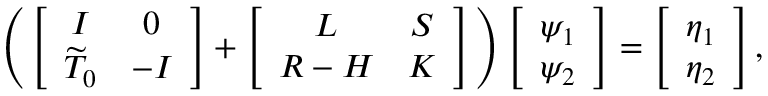
\begin{array} { r } { \Bigg ( \left[ \begin{array} { c c } { I } & { 0 } \\ { \widetilde { T } _ { 0 } } & { - I } \end{array} \right] + \left[ \begin{array} { c c } { L } & { S } \\ { R - H } & { K } \end{array} \right] \Bigg ) \left[ \begin{array} { c } { \psi _ { 1 } } \\ { \psi _ { 2 } } \end{array} \right] = \left[ \begin{array} { c } { \eta _ { 1 } } \\ { \eta _ { 2 } } \end{array} \right] , } \end{array}